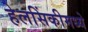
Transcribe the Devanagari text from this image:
हेलसिंकीमध्ये